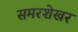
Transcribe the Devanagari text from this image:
समरशेखर